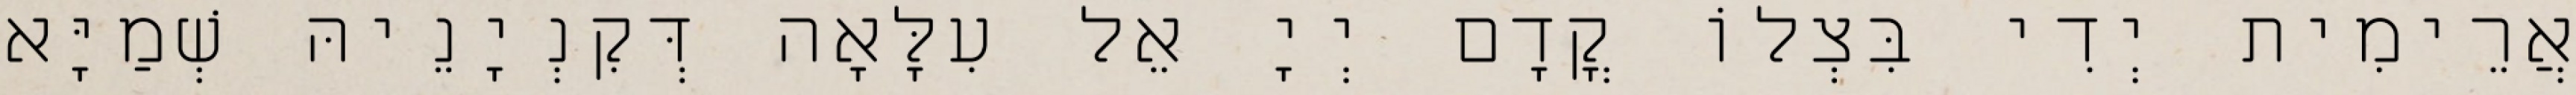
אֲרֵימִית יְדִי בִּצְלוֹ קֳדָם יְיָ אֵל עִלָּאָה דְּקִנְיָנֵיהּ שְׁמַיָּא